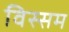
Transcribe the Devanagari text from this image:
विस्सम